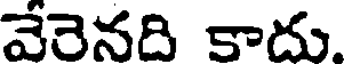
వెరెనది కాదు.